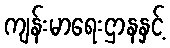
ကျန်းမာရေးဌာနနှင့်